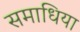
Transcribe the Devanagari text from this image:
समाधिया